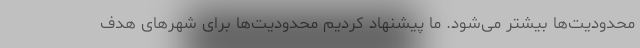
محدودیت‌ها بیشتر می‌شود. ما پیشنهاد کردیم محدودیت‌ها برای شهرهای هدف